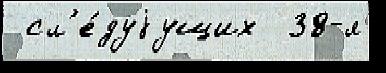
 сл'е́дуjущих  38-я